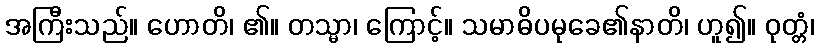
အကြီးသည်။ ဟောတိ၊ ၏။ တသ္မာ၊ ကြောင့်။ သမာဓိပမုခေ၏နာတိ၊ ဟူ၍။ ဝုတ္တံ၊